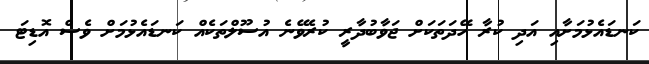
ކަނޑައެޅުމަށާއި އަދި ކުރާ ހޭދަތަކަށް ޖަވާބުދާރީ ކުރެވޭނެ އުސޫލްތަކެއް ކަނޑައެޅުމަށް ވެސް އޮޑިޓަ